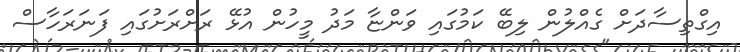
އިގްތިސާދަށް ގެއްލުން ލިބޭ ކަމުގައި ވަންޏާ މަދު މީހުން އުޅޭ ރަށްރަށުގައި ފަނަރަހާސް